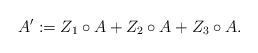
LaTeX: \begin{align*}A' := Z_1 \circ A + Z_2 \circ A + Z_3 \circ A.\end{align*}